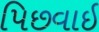
પિછવાઈ